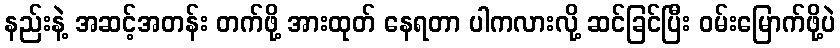
နည်းနဲ့ အဆင့်အတန်း တက်ဖို့ အားထုတ် နေရတာ ပါကလားလို့ ဆင်ခြင်ပြီး ဝမ်းမြောက်ဖို့ပဲ